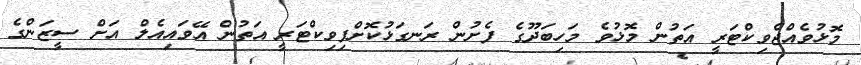
މޮޅުވެއްޖެވިކްޓަރީ އަތުން މޮޅުވެ މަހިބަދޫގެ ފެށުން ރަނގަޅުކޮށްފިވިކްޓަރީ އަތުން އޭވައިއެލް އަށް ސީޒަންގެ